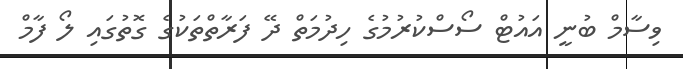
ވިސާމް ބުނީ އައުޓް ސޯސްކުރުމުގެ ހިދުމަތް ދޭ ފަރާތްތަކުގެ ގޮތުގައި ލޯ ފާމް